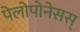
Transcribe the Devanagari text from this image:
पेलोपोनेसस्